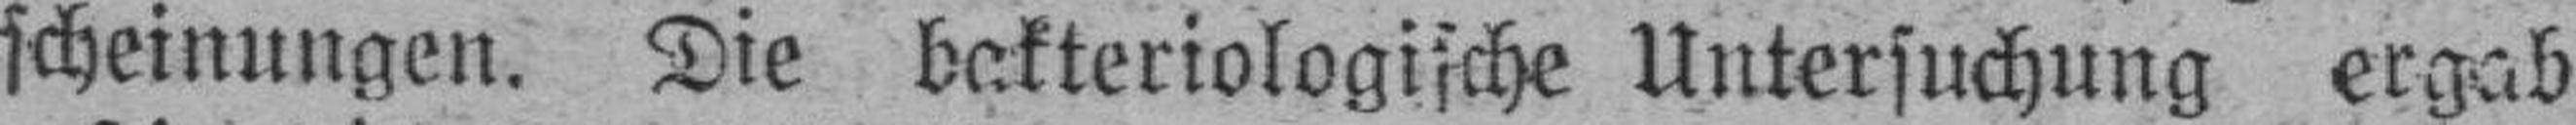
scheinungen. Die bakteriologische Untersuchung ergab